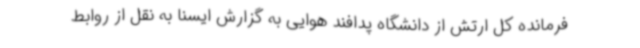
فرمانده کل ارتش از دانشگاه پدافند هوایی به گزارش ایسنا به نقل از روابط